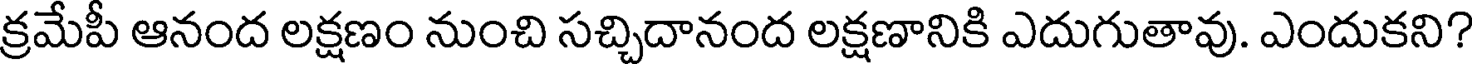
క్రమేపీ ఆనంద లక్షణం నుంచి సచ్చిదానంద లక్షణానికి ఎదుగుతావు. ఎందుకని?